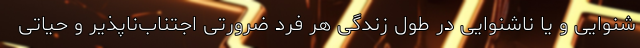
‌شنوایی و یا ناشنوایی در طول زندگی هر فرد ضرورتی اجتناب‌ناپذیر و حیاتی